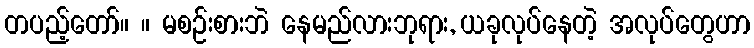
တပည့်တော်။ ။ မစဉ်းစားဘဲ နေမည်လားဘုရား, ယခုလုပ်နေတဲ့ အလုပ်တွေဟာ